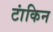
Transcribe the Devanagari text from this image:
टांकिन